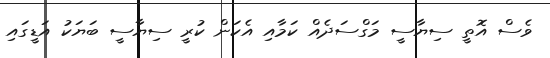
ވެސް އޮތީ ސިޔާސީ މަގްސަދެއް ކަމާއި އެކަން ކުރީ ސިޔާސީ ބަޔަކު އަޑީގައި